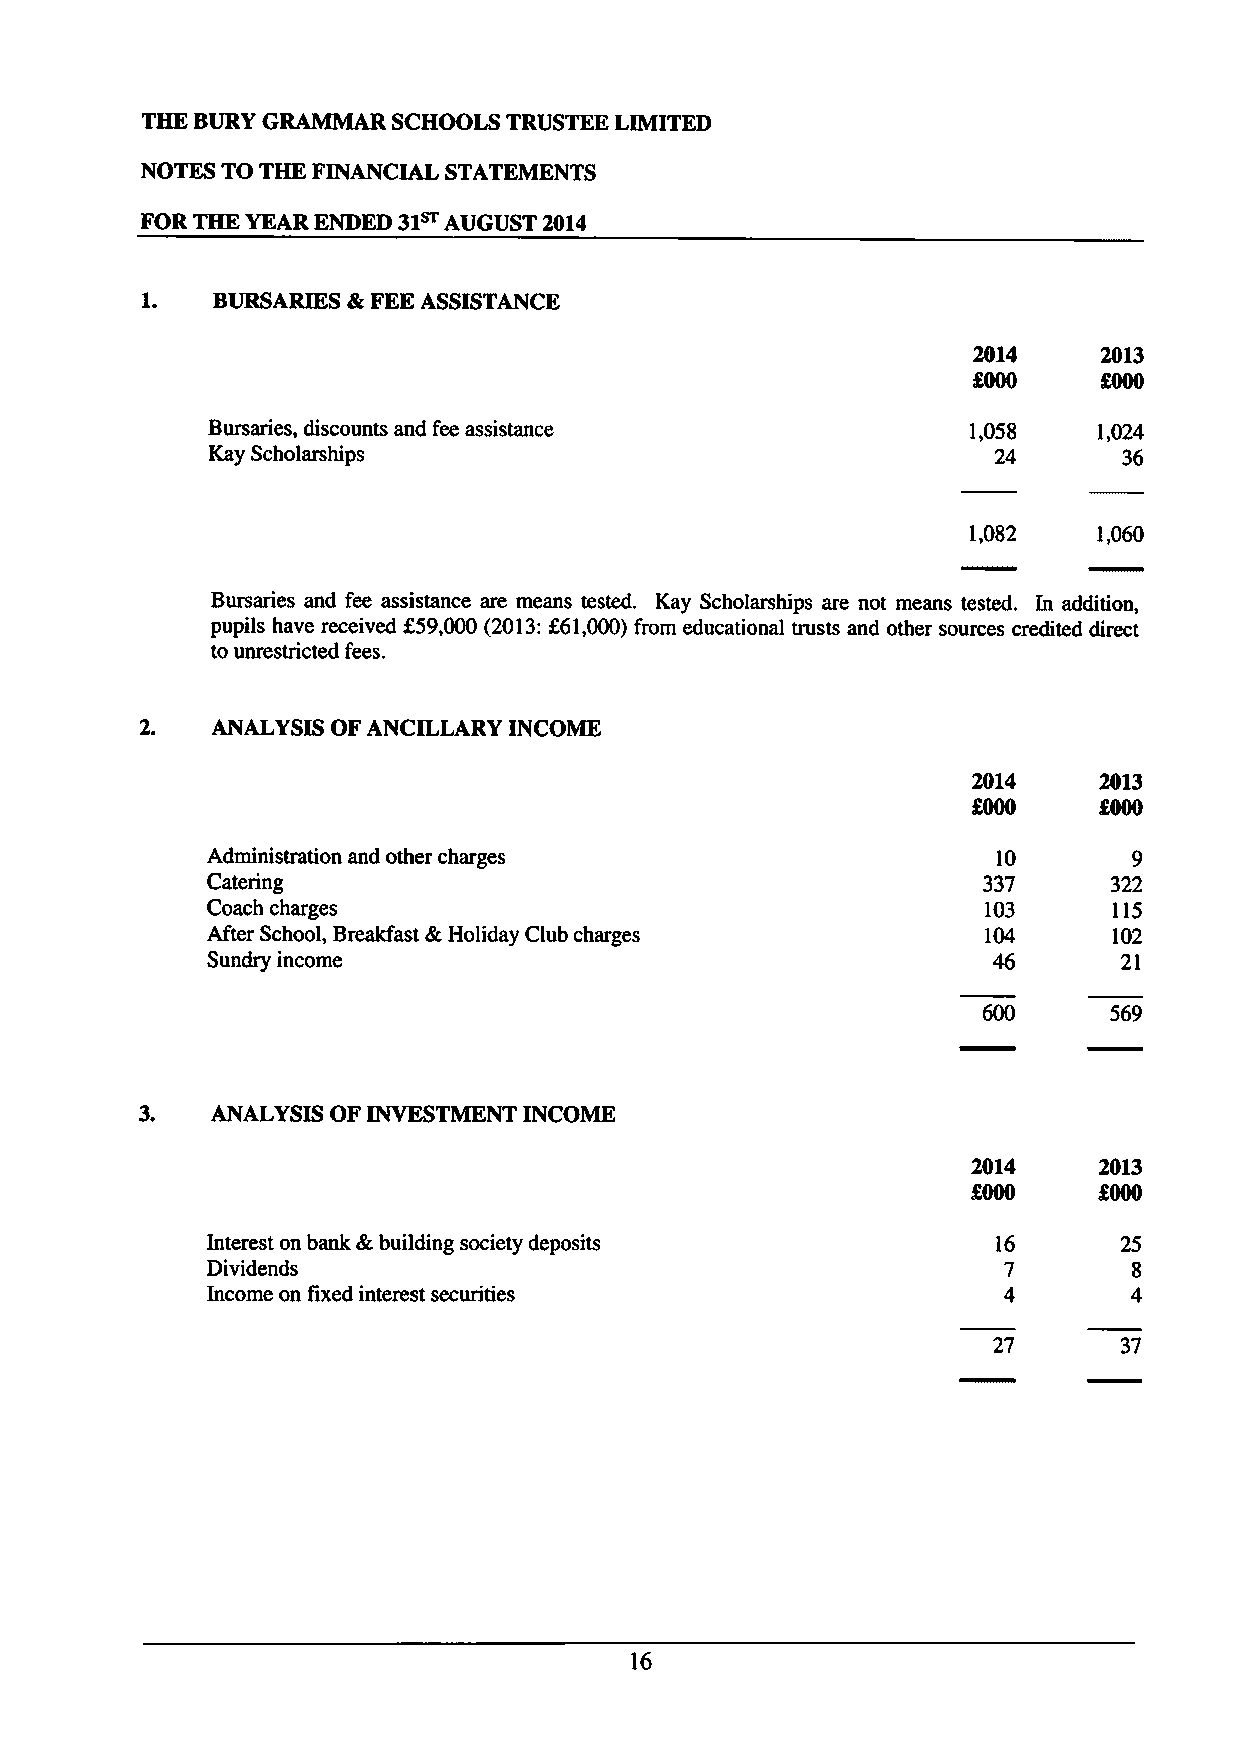
THE BURYGRAMMAR  SCHOOLS TRUSTEE LIMITED
 NOTES TO THE FINANCIAL STATEMENTS
 FOR THE YEAR ENDED 31~ AUGUST 2014
 1.   BURSARIES 4 FEEASSISTANCE
 2014     2013
 9NO      9NO
 Bursaries, discounts and fee assistance           1,058    1,024
 Kay Scholarships                                    24      36
 1,082    1,060
 Bursaries and fee assistance are means tested, Kay Scholarships are not means tested. In addition,
 pupils have received f59,000 (2013:f61,000)from educational trusts and other sources credited direct
 to unrestricted fees.
 2.   ANALYSIS OFANCILLARY INCOME
 2014     2013
 f000     9NO
 Administration and other charges                    10       9
 Catering                                           337     322
 Coach charges                                      103      115
 After School, Breakfast &Holiday Club charges      104      102
 Sundry income                                       46      21
 569
 3.   ANALYSIS OF INVESTMENT INCOME
 2014     2013
 %000     f000
 Interest on bank 8r.building society deposits       16      25
 Dividends                                           7        8
 Income on fixed interest securities                 4        4
 27      37